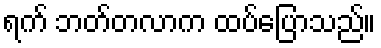
ရက် ဘတ်တလာက ထပ်ပြောသည်။